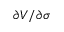
\partial V / \partial \sigma